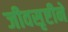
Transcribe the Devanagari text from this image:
जीवसृष्टीने